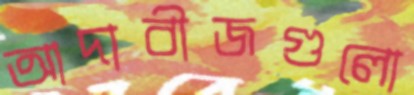
আদাবীজগুলো